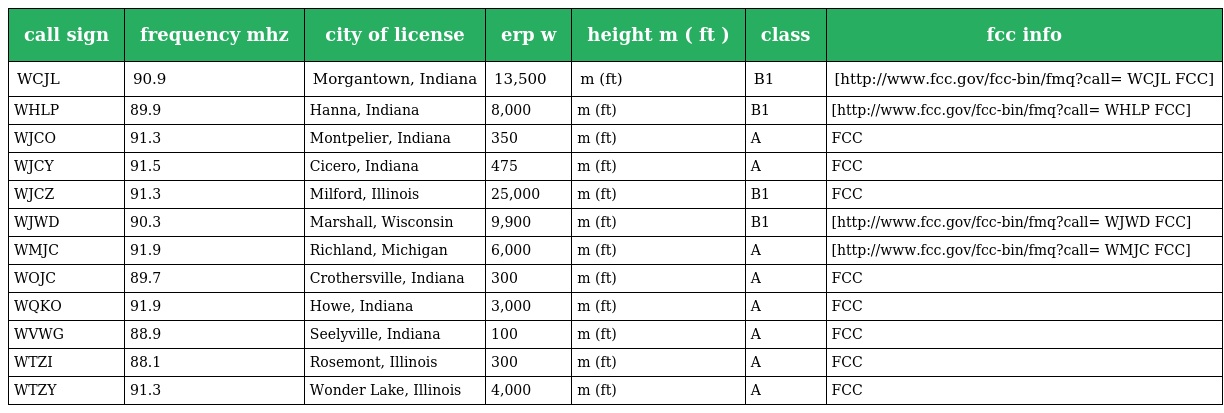
| call sign | frequency mhz | city of license | erp w | height m ( ft ) | class | fcc info |
 | --- | --- | --- | --- | --- | --- | --- |
 | WCJL | 90.9 | Morgantown, Indiana | 13,500 | m (ft) | B1 | [http://www.fcc.gov/fcc-bin/fmq?call= WCJL FCC] |
 | WHLP | 89.9 | Hanna, Indiana | 8,000 | m (ft) | B1 | [http://www.fcc.gov/fcc-bin/fmq?call= WHLP FCC] |
 | WJCO | 91.3 | Montpelier, Indiana | 350 | m (ft) | A | FCC |
 | WJCY | 91.5 | Cicero, Indiana | 475 | m (ft) | A | FCC |
 | WJCZ | 91.3 | Milford, Illinois | 25,000 | m (ft) | B1 | FCC |
 | WJWD | 90.3 | Marshall, Wisconsin | 9,900 | m (ft) | B1 | [http://www.fcc.gov/fcc-bin/fmq?call= WJWD FCC] |
 | WMJC | 91.9 | Richland, Michigan | 6,000 | m (ft) | A | [http://www.fcc.gov/fcc-bin/fmq?call= WMJC FCC] |
 | WOJC | 89.7 | Crothersville, Indiana | 300 | m (ft) | A | FCC |
 | WQKO | 91.9 | Howe, Indiana | 3,000 | m (ft) | A | FCC |
 | WVWG | 88.9 | Seelyville, Indiana | 100 | m (ft) | A | FCC |
 | WTZI | 88.1 | Rosemont, Illinois | 300 | m (ft) | A | FCC |
 | WTZY | 91.3 | Wonder Lake, Illinois | 4,000 | m (ft) | A | FCC |